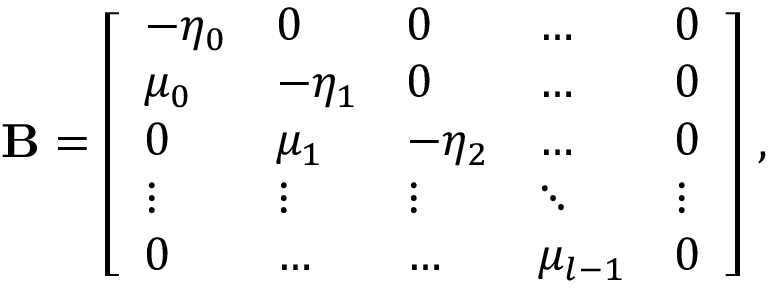
\mathbf { B } = \left[ \begin{array} { l l l l l } { - \eta _ { 0 } } & { 0 } & { 0 } & { \dots } & { 0 } \\ { \mu _ { 0 } } & { - \eta _ { 1 } } & { 0 } & { \dots } & { 0 } \\ { 0 } & { \mu _ { 1 } } & { - \eta _ { 2 } } & { \dots } & { 0 } \\ { \vdots } & { \vdots } & { \vdots } & { \ddots } & { \vdots } \\ { 0 } & { \dots } & { \dots } & { \mu _ { l - 1 } } & { 0 } \end{array} \right] \, ,